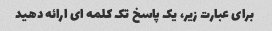
برای عبارت زیر، یک پاسخ تک کلمه ای ارائه دهید